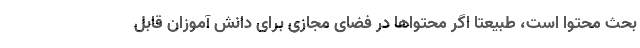
بحث محتوا است، طبیعتا اگر محتواها در فضای مجازی برای دانش آموزان قابل